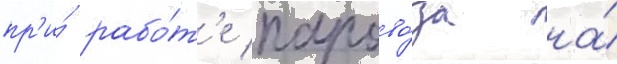
пр'и́ рабо́т'е парово́за на́